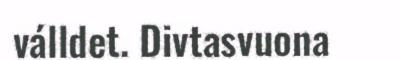
válldet. Divtasvuona